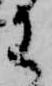
わ